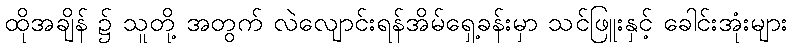
ထိုအချိန် ၌ သူတို့ အတွက် လဲလျောင်းရန်အိမ်ရှေ့ခန်းမှာ သင်ဖြူးနှင့် ခေါင်းအုံးများ